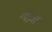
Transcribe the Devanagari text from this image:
ग्वेज़ा